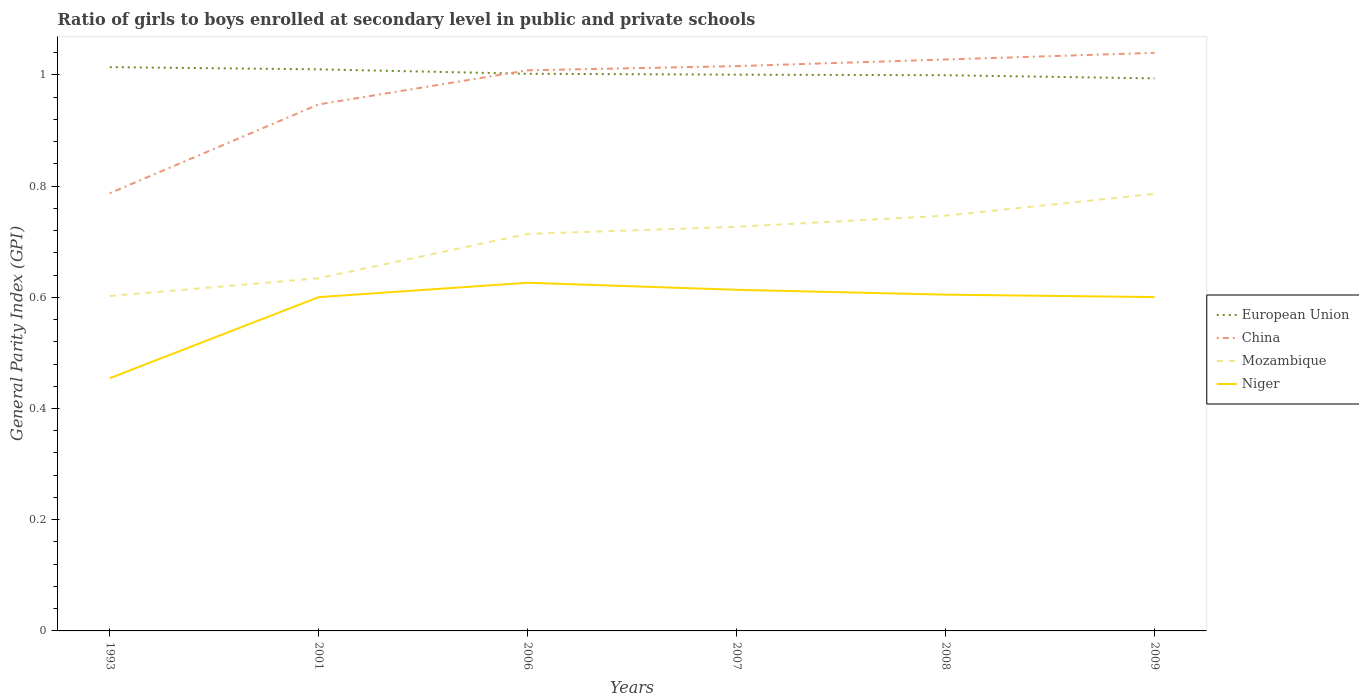
| Years | European Union | China | Mozambique | Niger |
 | --- | --- | --- | --- | --- |
 | 1993 | 1.01 | 0.787 | 0.602 | 0.455 |
 | 2001 | 1.01 | 0.947 | 0.634 | 0.6 |
 | 2006 | 1 | 1.01 | 0.714 | 0.626 |
 | 2007 | 1 | 1.02 | 0.727 | 0.613 |
 | 2008 | 0.999 | 1.03 | 0.747 | 0.605 |
 | 2009 | 0.994 | 1.04 | 0.786 | 0.6 |